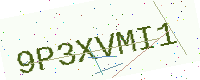
Text: 9P3XVMI1